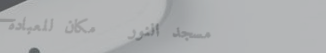
مسجد النور   مكان للعبادة